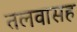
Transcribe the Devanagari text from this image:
तलवासह